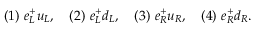
( 1 ) ~ e _ { L } ^ { + } u _ { L } , ~ ~ ~ ( 2 ) ~ e _ { L } ^ { + } d _ { L } , ~ ~ ~ ( 3 ) ~ e _ { R } ^ { + } u _ { R } , ~ ~ ~ ( 4 ) ~ e _ { R } ^ { + } d _ { R } .